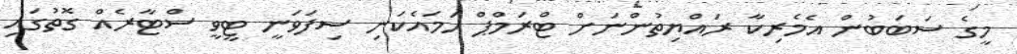
މީގެ ސަބަބުން އެމެރިކާ ރައްޔިތުންނަށް ޓްރަމްޕް ހަމައެކަނި ސިފަވަނީ ޓީވީ ސްޓާރެއް ގޮތުގައި